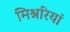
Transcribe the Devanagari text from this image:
मिश्नरियां